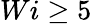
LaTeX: Wi\geq 5